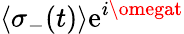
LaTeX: \langle\sigma_{-}(t)\rangle\mathrm{e}^{i\omegat}